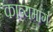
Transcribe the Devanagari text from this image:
काव्यमार्ग